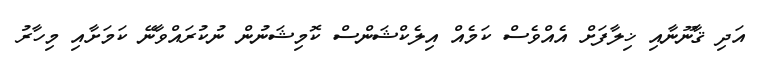
އަދި ޤާނޫނާއި ޚިލާފަށް އެއްވެސް ކަމެއް އިލެކްޝަންސް ކޮމިޝަނުން ނުކުރައްވާނޭ ކަމަށާއި މިހާރު